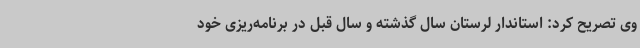
وی تصریح کرد: استاندار لرستان سال گذشته و سال قبل در برنامه‌ریزی خود